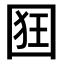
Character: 𭍢